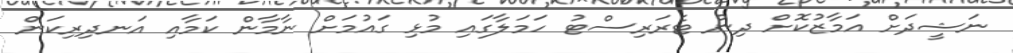
ނަޝީދަށް އަމާޒުކޮށް ދިން ޓެރަރިސްޓު ހަމަލާގައި މުޅި ގައުމަށް ނާމާން ކަމާއި އަނދިރިކަން